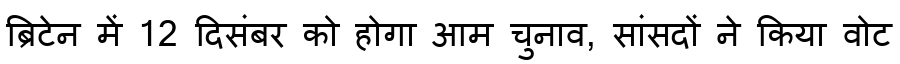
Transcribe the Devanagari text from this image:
ब्रिटेन में 12 दिसंबर को होगा आम चुनाव, सांसदों ने किया वोट